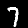
Digit: 7